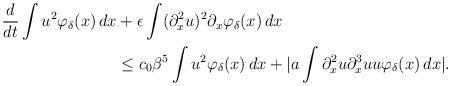
LaTeX: \begin{align*}\frac{d}{dt}\int u^2 \varphi_{\delta}(x)\,dx&+ \epsilon \int (\partial_x^2 u)^2 \partial_x\varphi_{\delta}(x)\,dx\\&\le c_0\beta^5 \int u^2\varphi_{\delta}(x)\,dx +|a\int \partial_x^2 u\partial_x^3u u\varphi_{\delta}(x)\, dx|.\end{align*}